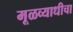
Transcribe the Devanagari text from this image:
मूळव्याधीचा